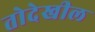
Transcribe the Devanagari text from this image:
तोदेखील